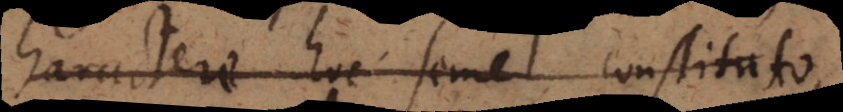
Charactere hoc semel constituto,